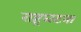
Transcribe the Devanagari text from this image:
राष्ट्रघटना